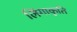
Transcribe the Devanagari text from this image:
लिंगाकृति